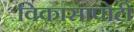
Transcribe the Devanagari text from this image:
विकासापोटी